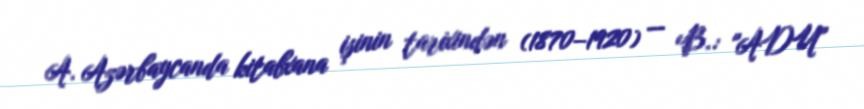
A. Azərbaycanda kitabxana işinin tarixindən (1870–1920) — B.: "ADU"